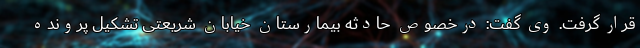
قرار گرفت. وی گفت: درخصوص حادثه بیمارستان خیابان شریعتی تشکیل پرونده